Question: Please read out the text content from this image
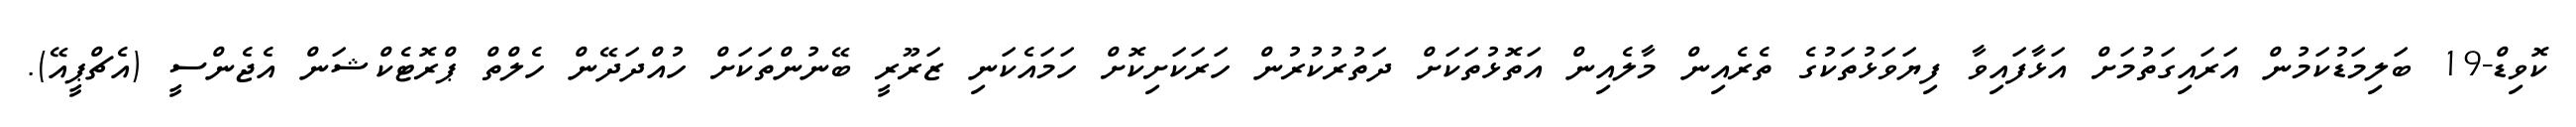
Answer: ކޮވިޑް-19 ބަލިމަޑުކަމުން އަރައިގަތުމަށް އަޅާފައިވާ ފިޔަވަޅުތަކުގެ ތެރެއިން މާލެއިން އަތޮޅުތަކަށް ދަތުރުކުރުން ހަރަކަށިކޮށް ހަމައެކަނި ޒަރޫރީ ބޭނުންތަކަށް ހުއްދަދޭން ހެލްތް ޕްރޮޓެކްޝަން އެޖެންސީ (އެޗްޕީއޭ).